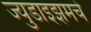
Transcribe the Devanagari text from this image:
ज्युडाइझमचे